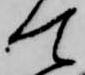
て